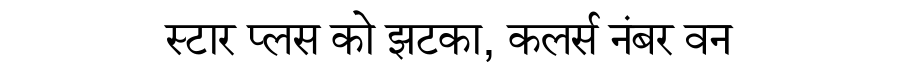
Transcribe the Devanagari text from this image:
स्टार प्लस को झटका, कलर्स नंबर वन